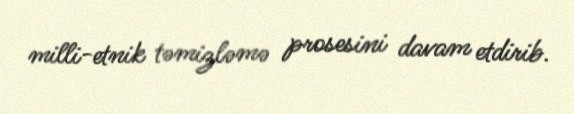
milli-etnik təmizləmə prosesini davam etdirib.